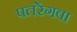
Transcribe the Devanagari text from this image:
पतरेंगवा